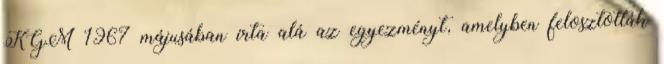
KGM 1967 májusában írta alá az egyezményt, amelyben felosztották